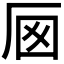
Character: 𠩌